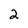
Character: 2